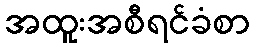
အထူးအစီရင်ခံစာ